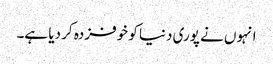
انہوں نے پوری دنیا کو خوفزدہ کر دیا ہے۔